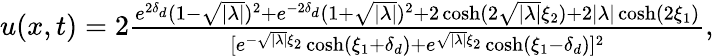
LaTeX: \begin{array}{r}{u(x,t)=2\frac{e^{2\delta_{d}}(1-\sqrt{|\lambda|})^{2}+e^{-2\delta_{d}}(1+\sqrt{|\lambda|})^{2}+2\cosh(2\sqrt{|\lambda|}\xi_{2})+2|\lambda|\cosh(2\xi_{1})}{[e^{-\sqrt{|\lambda|}\xi_{2}}\cosh(\xi_{1}+\delta_{d})+e^{\sqrt{|\lambda|}\xi_{2}}\cosh(\xi_{1}-\delta_{d})]^{2}},}\end{array}